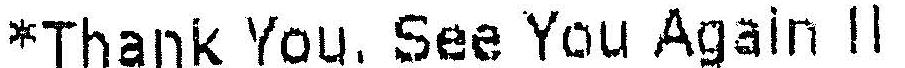
*THANK YOU, SEE YOU AGAIN !!